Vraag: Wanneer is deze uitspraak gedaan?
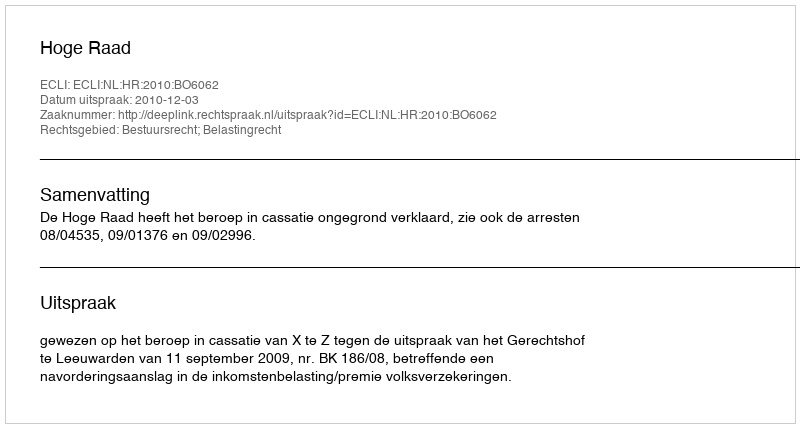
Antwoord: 2010-12-03